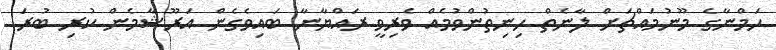
ހަމްނާގެ މޫނުމައްޗަށް ލާނެތް ހިނިތުންވުމެއް ވެރިވީ ރައްޔާނާ ބައިވެގެން އަރޫޝާމެން ކުރި ބުރަ